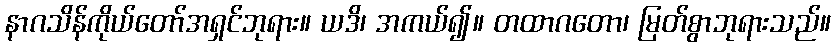
နာဂသိန်ကိုယ်တော်အရှင်ဘုရား။ ယဒိ၊ အကယ်၍။ တထာဂတော၊ မြတ်စွာဘုရားသည်။